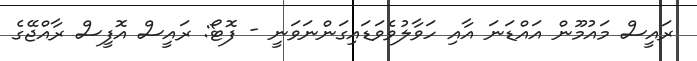
ރައީސް މައުމޫން އައްޑަނަ އާއި ހަވާލުވެވަޑައިގަންނަވަނީ - ފޮޓޯ: ރައީސް އޮފީސް ރާއްޖޭގެ